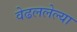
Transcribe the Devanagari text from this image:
वेढललेल्या